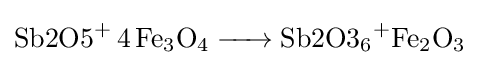
{\ce {{Sb2O5}+ 4Fe3O4 -> {Sb2O3}+6Fe2O3}}